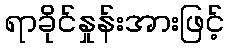
ရာခိုင်နှုန်းအားဖြင့်